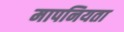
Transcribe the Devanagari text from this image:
मापनियता